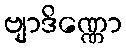
ဗျာဒိဏ္ဏော